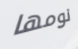
نومها